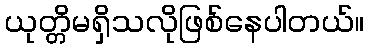
ယုတ္တိမရှိသလိုဖြစ်နေပါတယ်။